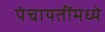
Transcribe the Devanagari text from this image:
पंचायतींमध्ये